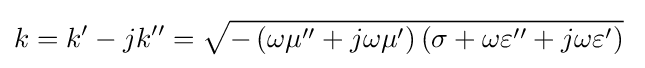
k=k'-jk''={\sqrt {-\left(\omega \mu ''+j\omega \mu '\right)\left(\sigma +\omega \varepsilon ''+j\omega \varepsilon '\right)}}\;